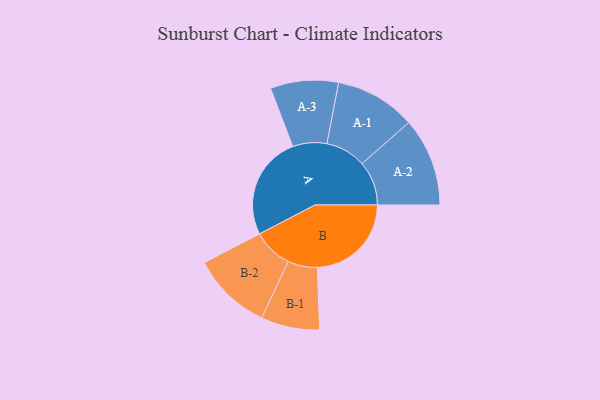
{"axis": {"x": "Segment", "y": "Value"}, "legend": ["", "A", "B"], "data": [{"x": "A", "y": 374, "type": ""}, {"x": "B", "y": 340, "type": ""}, {"x": "A-1", "y": 146, "type": "A"}, {"x": "A-2", "y": 160, "type": "A"}, {"x": "A-3", "y": 123, "type": "A"}, {"x": "B-1", "y": 106, "type": "B"}, {"x": "B-2", "y": 144, "type": "B"}]}